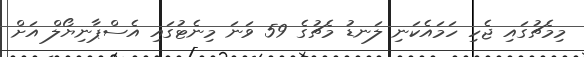
މިމެޗުގައި ޖެހި ހަމައެކަނި ލަނޑު މެޗުގެ 59 ވަނަ މިނެޓުގައި އެސްޕާނިޔޯލް އަށް